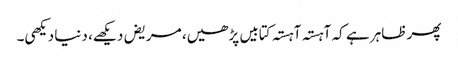
پھر ظاہر ہے کہ آہستہ آہستہ کتابیں پڑھیں، مریض دیکھے، دنیا دیکھی۔